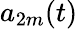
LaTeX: a_{2m}(t)